Scottish Leaving Certificate Examination, 1954
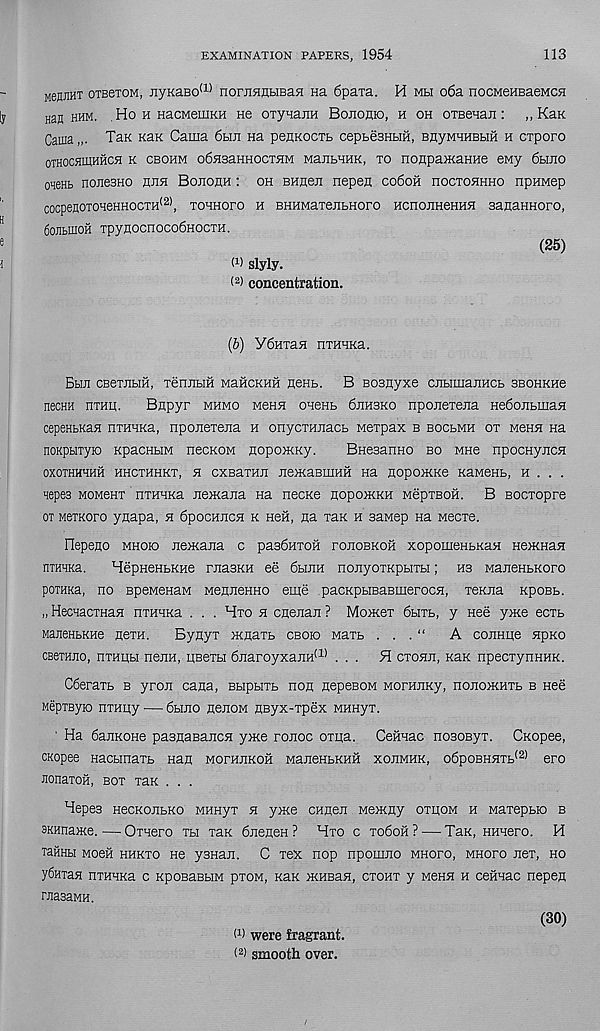
EXAMINATION PAPERS, 1954
113
newraT OTBexoM, jiyKaBo <:L) norjinnfciBaH na 6paxa. H mh 06a nocMeHBaeMcsi
nan hhm. Ho h nacMeiiiKH He OTynajiH Bojiorio, h oh OTBenaii: „ Kan
Cama
Tax Kan Cama 6hji na penKOCTb cepbesHtiH, BnyMHHBHH h crporo
OTHOCHIUHHCH K CBOHM o6H3aHHOCT5IM MaJIBHHK, TO HOIipaiKaHHe CMy 6BIE0
oaenb noEesHO heh Boeohh : oh buhse nepen co6oh nocxoHHHO npHMep
cocpenoTOHeHHOCTH 121 , tohhopo h BHHMaTenbHoro HcnoiiHeHHH aanaHHoro,
6ojibinoH xpynocnoco6HOCTH.
(25)
W slyly.
( 2 ) concentration.
(b) Y6HTaH nxHHKa.
Bhe cBexnbiH, xeniibiH MaHCKHii nenb. B Boanyxe cnbimaiiHCb SBOHKne
necHH nxHii.
Biipyr mhmo Menn onenb Sehsko nponexena He6oEbmaH
cepeHbKan nxHHKa, nponexena h onycxHEacb Mexpax b bocbmh ox weHH Ha
noKpuxyio KpacHHM necKOM iiopoiKKy.
BnesanHO bo mho npocHyncH
OXOXHHHHH HHCTHHKT, H CXBaTHE EeiKaBIHHH Ha HOpOIKKe KaMeHb, H . . .
aepes mom6ht niHHKa neiKajia na necKe hopoikkh mcptboh. B socxopre
ox MexKoro ynapa, h 6pocracH k Hefi, na xan h aapiep Ha Mecxe.
Flepeiio mhok) neiKana c pasSHTOH fouobkoh xopomenbRaH HeiKHan
nxHHKa.
HepneHbKHe rnasKH ee 6hjih nonyoTKpbixbi; hs ManenbRoro
poxHKa, no BpeMenaM MenneHHo eme pacKpbiBaBmerocH, xeKiia kpobb.
„ HecnacTHaH nxHHKa . . . Hto h cnenan ? Momer 6bixb, y nee yme ecxb
ManeHbKHe HexH.
Bynyx mnaTb cboio Maxb . . . “
A coimiie HpKO
CB6XHEO, nxHHH neEH, qBexbi 6EaroyxaEH (1) ... H ctohe, KaK npecxynHHK.
C6eraxb b yron Cana, Bbipbixb non nepeBOM MorHiiKy, nonoHOixb b nee
MepxByio nxHny — 6hjio nenoM nByx-xpex MHHyx.
' Ha 6anKOHe pasnasajicH yme ronoc oxna. CeHnac nosoByx. CKopee,
CKopee Hacbinaxb nan mophiikoh ManeHbKHH xojimhk, o6poBHHTb (2) ero
JionaxoH, box xaK . . .
Hepes HecKonbKo MHHyx h ynce cHnen wexiny othom h Maxepbio b
SKHname. ■ —Oxnero th xan 6neneH? Hxo c to6oh? — Tan, HHnero. H
TaiiHbi Moeii hhkto He ysnaji. C xex nop npomno mhopo, mhopo nex, ho
y6nTaH nxHHKa c KpoeaBbiM pxoM, Kan iKHEan, ctoht y m6hh h cemac nepen
raasaMH.
(30)
w were fragrant.
( 2 ) smooth over.